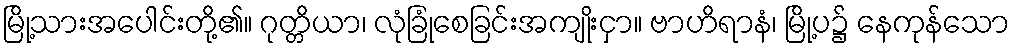
မြို့သားအပေါင်းတို့၏။ ဂုတ္တိယာ၊ လုံခြုံစေခြင်းအကျိုးငှာ။ ဗာဟိရာနံ၊ မြို့ပ၌ နေကုန်သော